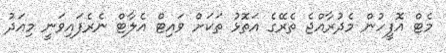
މެޓް އޮފީހުން މެދުރާއްޖެ ތެރޭގެ އަތޮޅު ތަކަށް ވައިޓް އެލާޓް ނެރެފައިވަނީ މިއަދު